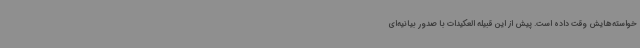
خواسته‌هایش وقت داده است. پیش از این قبیله العکیدات با صدور بیانیه‌ای